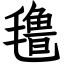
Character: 氇